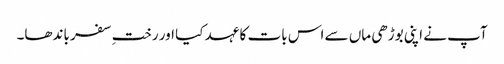
آپ نے اپنی بوڑھی ماں سے اس بات کا عہد کیا اور رختِ سفر باندھا۔